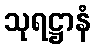
သုရဋ္ဌာနံ